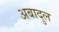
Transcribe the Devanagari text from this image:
अबादुल